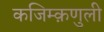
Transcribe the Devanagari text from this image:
कजिम्क़णुली